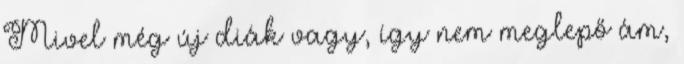
Mivel még új diák vagy, így nem meglepő ám,